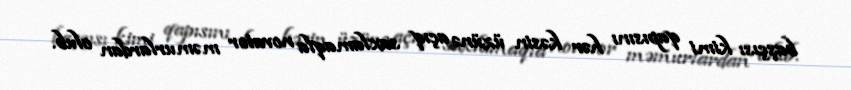
başçısı kimi qapısını hər kəsin üzünə açıq saxlamaqla novator məmurlardan olub.